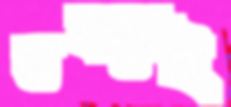
ভবনেই